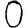
Digit: 0